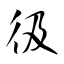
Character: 彶